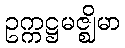
ဥက္ကဋ္ဌမဇ္ဈိမာ